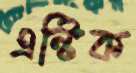
এন্টিক